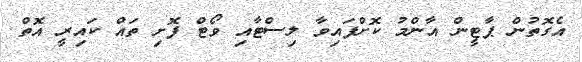
އެގޮތުން ޕާޓީން އާންމު ކޮށްފައިވާ ލިސްޓާއި ވޯޓް ފޮށި ތައް ކައިރީ އޮތް